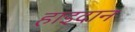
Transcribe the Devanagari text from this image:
हाइदान